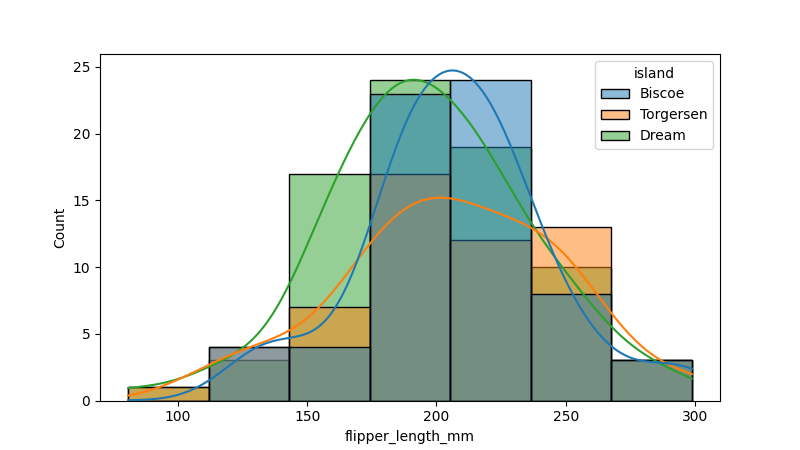
python, seaborn, histplot, hue='island', binwidth=30, bins='20', element='bars'